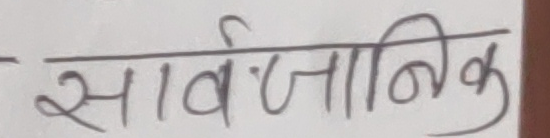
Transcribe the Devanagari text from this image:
सार्वजनिक